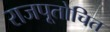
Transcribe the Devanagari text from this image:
राजपूतोचित